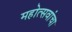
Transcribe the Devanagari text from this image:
महोत्सवांचा